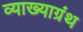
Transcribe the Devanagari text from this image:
व्याख्याग्रंथ